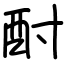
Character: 酎